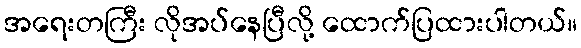
အရေးတကြီး လိုအပ်နေပြီလို့ ထောက်ပြထားပါတယ်။